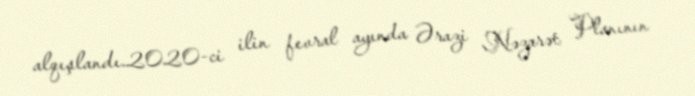
alqışlandı.2020-ci ilin fevral ayında Ərazi Nəzarət Planının